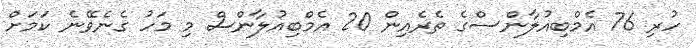
ހުރި 76 އެމްބިއުލާންސްގެ ތެރެއިން 20 އެމްބިއުލާންސް މި މަހު ގެނެވޭނެ ކަމަށް